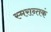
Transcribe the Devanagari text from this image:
स्मरान्तकं